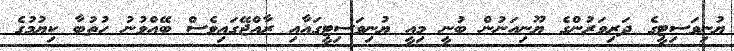
ޔުނިވަސިޓީގެ ދަރިވަރުންގެ ޔޫނިއަނުން ބުނީ މިއީ ޔުނިވަސިޓީގައާއި ރާއްޖޭގައިވެސް ބޭއްވުނު ހުތުބާ ކިޔުމުގެ